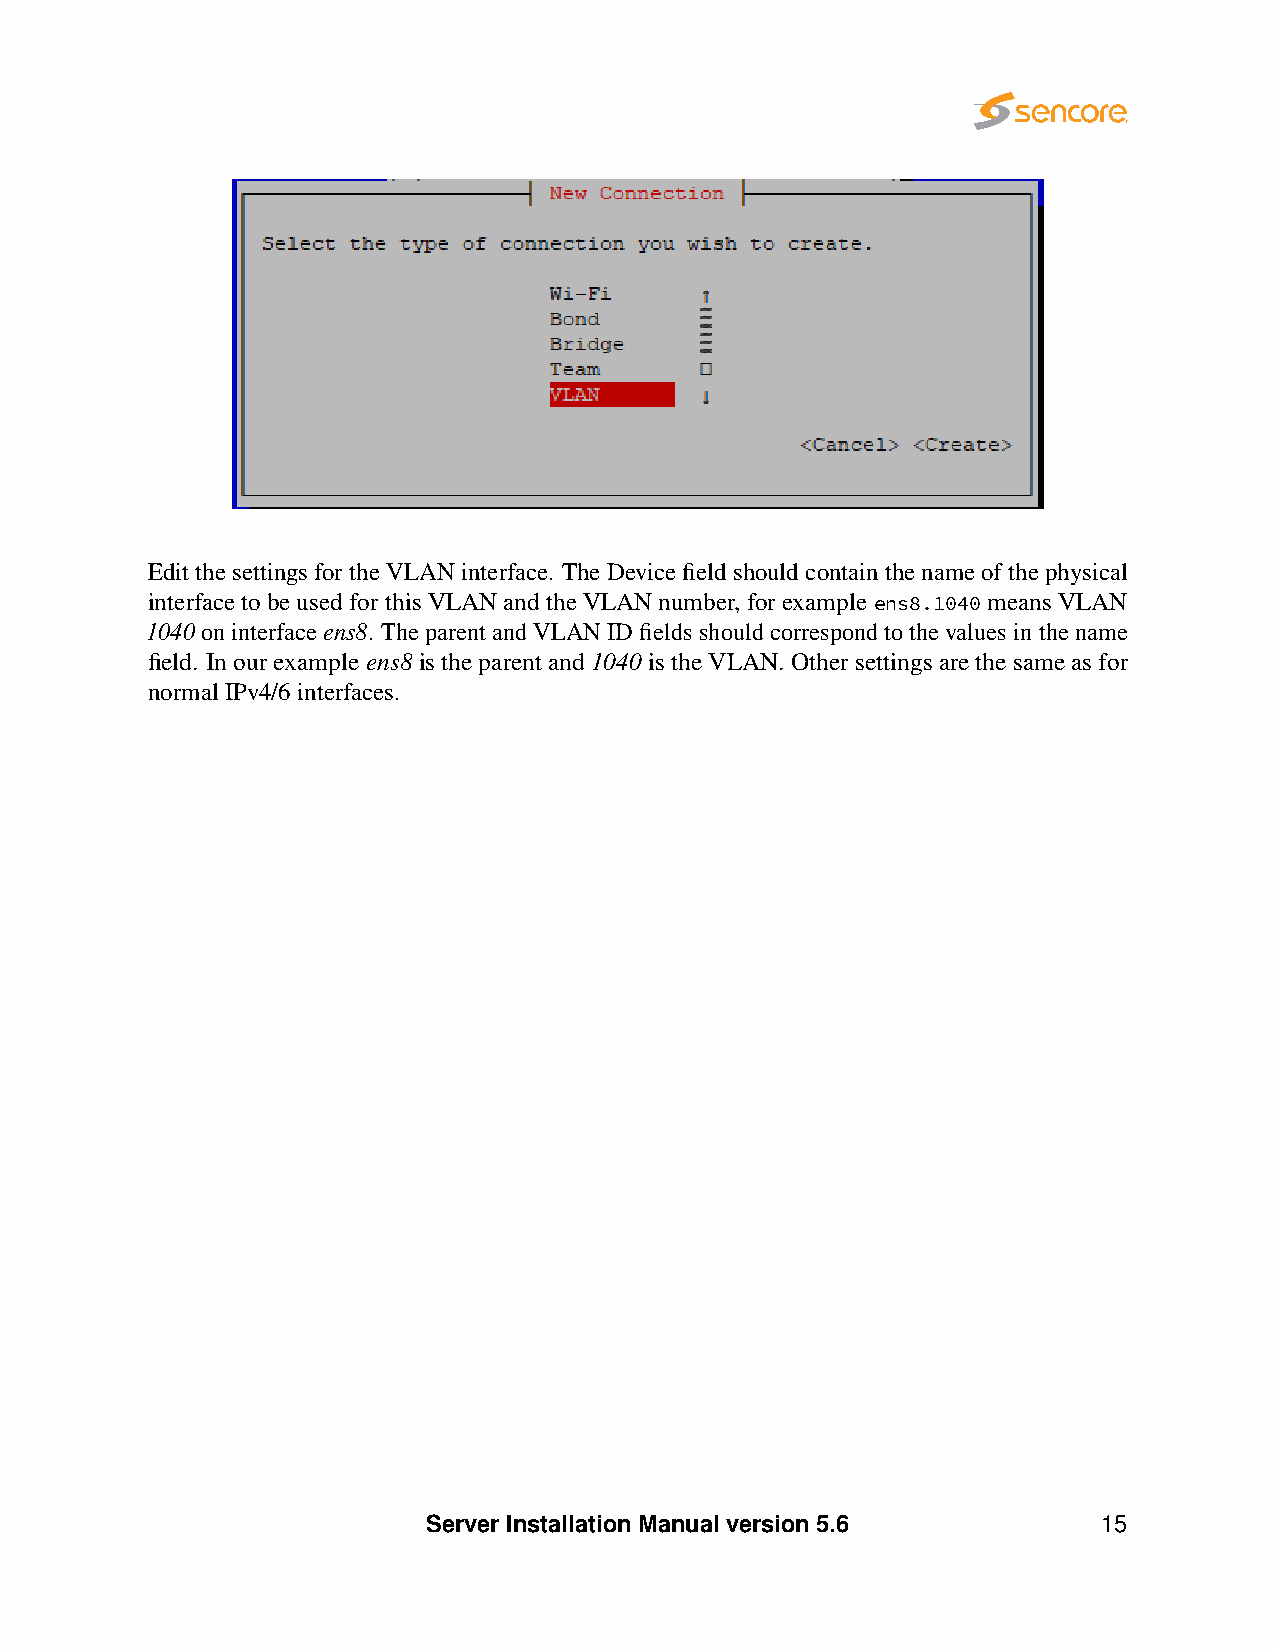
Editthe settings fortheVLAN interface. TheDevice fieldshouldcontainthe nameofthe physical
 interfaceto beusedfor thisVLANand theVLANnumber,forexampleens8.1040meansVLAN
 1040oninterfaceens8. TheparentandVLANIDfieldsshouldcorrespondtothevaluesinthename
 field. Inourexampleens8istheparentand1040istheVLAN.Othersettingsarethesameasfor
 normalIPv4/6interfaces.
 Server Installation Manual version 5.6       15